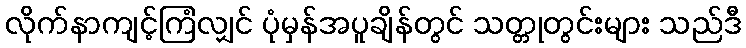
လိုက်နာကျင့်ကြံလျှင် ပုံမှန်အပူချိန်တွင် သတ္တုတွင်းများ သည်ဒီ